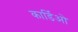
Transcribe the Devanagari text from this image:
कार्डिओ